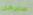
سنرحل